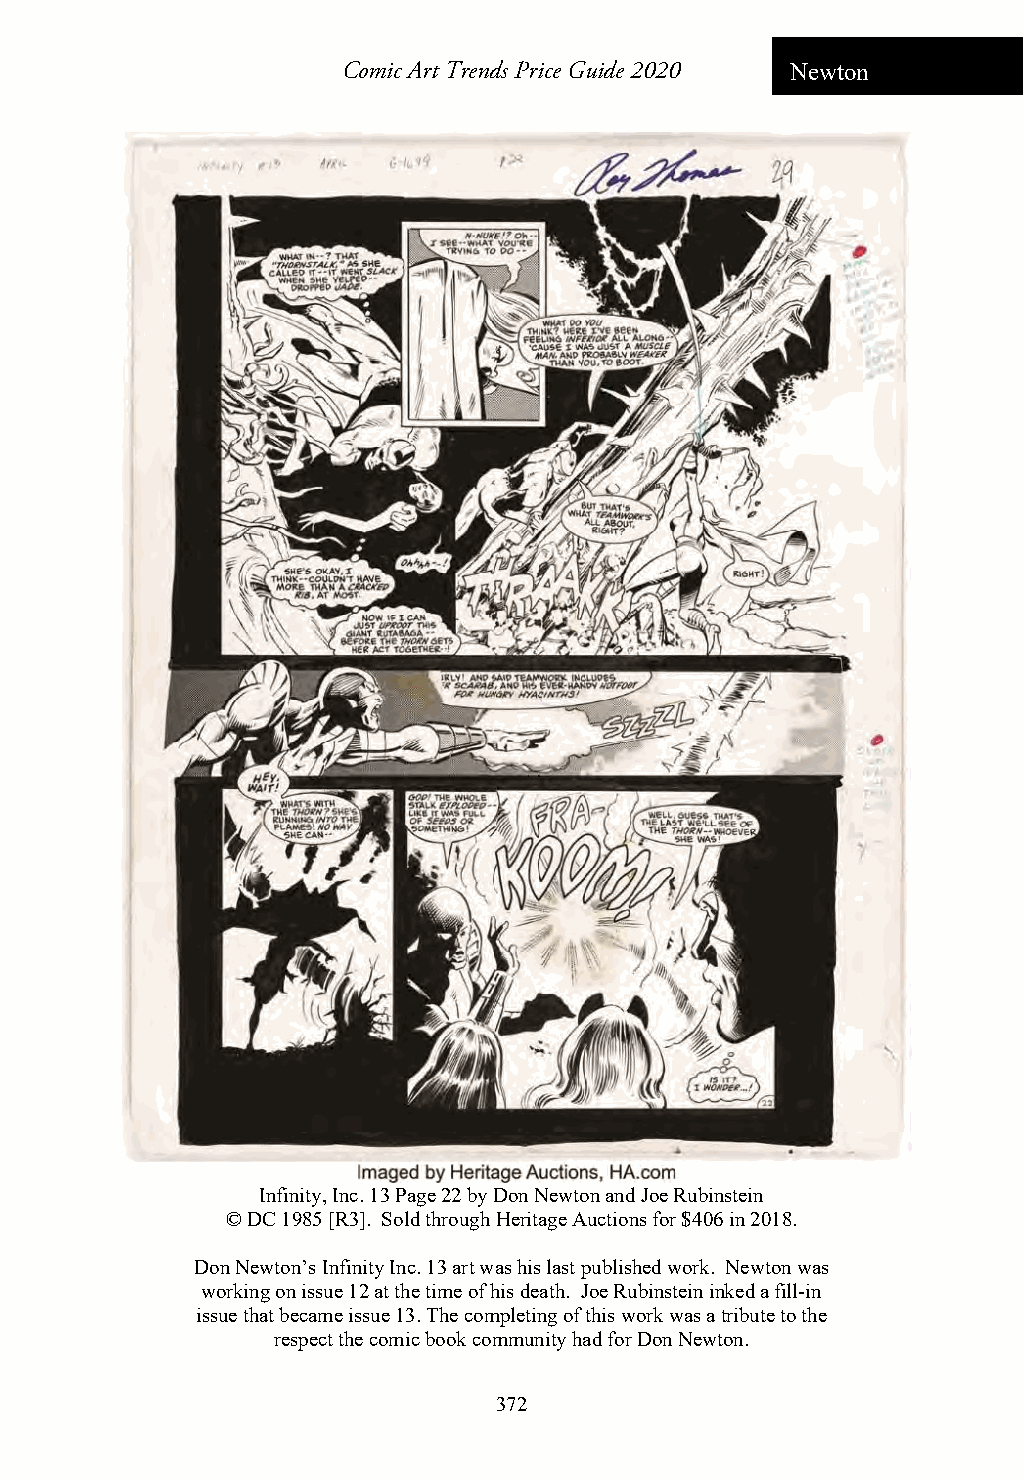
Comic Art Trends Price Guide 2020 Newton
 Infinity, Inc. 13 Page 22 by Don Newton and Joe Rubinstein
 © DC 1985 [R3]. Sold through Heritage Auctions for $406 in 2018.
 Don Newton’s Infinity Inc. 13 art was his last published work. Newton was
 working on issue 12 at the time of his death. Joe Rubinstein inked a fill-in
 issue that became issue 13. The completing of this work was a tribute to the
 respect the comic book community hadfor Don Newton.
 372